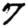
Digit: 7